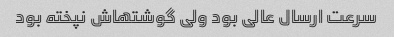
سرعت ارسال عالی بود ولی گوشتهاش نپخته بود